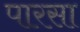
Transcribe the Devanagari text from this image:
पारसा